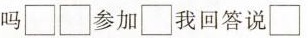
吗□□参加□我回答说□